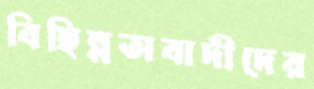
বিছিন্নতাবাদীদের